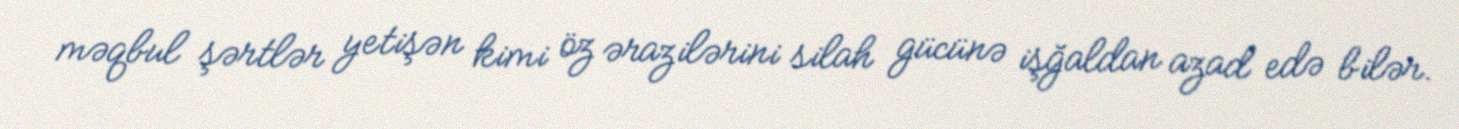
məqbul şərtlər yetişən kimi öz ərazilərini silah gücünə işğaldan azad edə bilər.